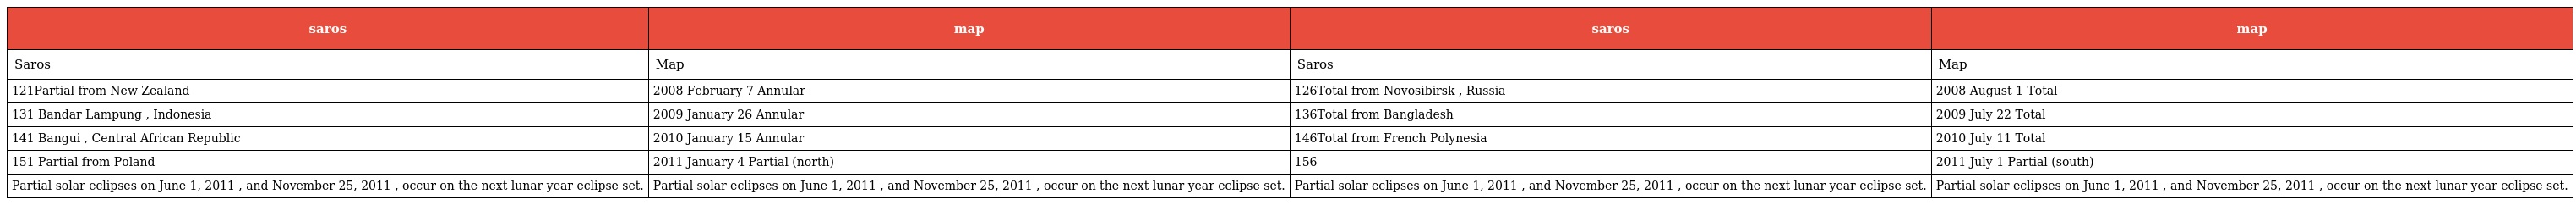
| saros | map | saros | map |
 | --- | --- | --- | --- |
 | Saros | Map | Saros | Map |
 | 121Partial from New Zealand | 2008 February 7 Annular | 126Total from Novosibirsk , Russia | 2008 August 1 Total |
 | 131 Bandar Lampung , Indonesia | 2009 January 26 Annular | 136Total from Bangladesh | 2009 July 22 Total |
 | 141 Bangui , Central African Republic | 2010 January 15 Annular | 146Total from French Polynesia | 2010 July 11 Total |
 | 151 Partial from Poland | 2011 January 4 Partial (north) | 156 | 2011 July 1 Partial (south) |
 | Partial solar eclipses on June 1, 2011 , and November 25, 2011 , occur on the next lunar year eclipse set. | Partial solar eclipses on June 1, 2011 , and November 25, 2011 , occur on the next lunar year eclipse set. | Partial solar eclipses on June 1, 2011 , and November 25, 2011 , occur on the next lunar year eclipse set. | Partial solar eclipses on June 1, 2011 , and November 25, 2011 , occur on the next lunar year eclipse set. |